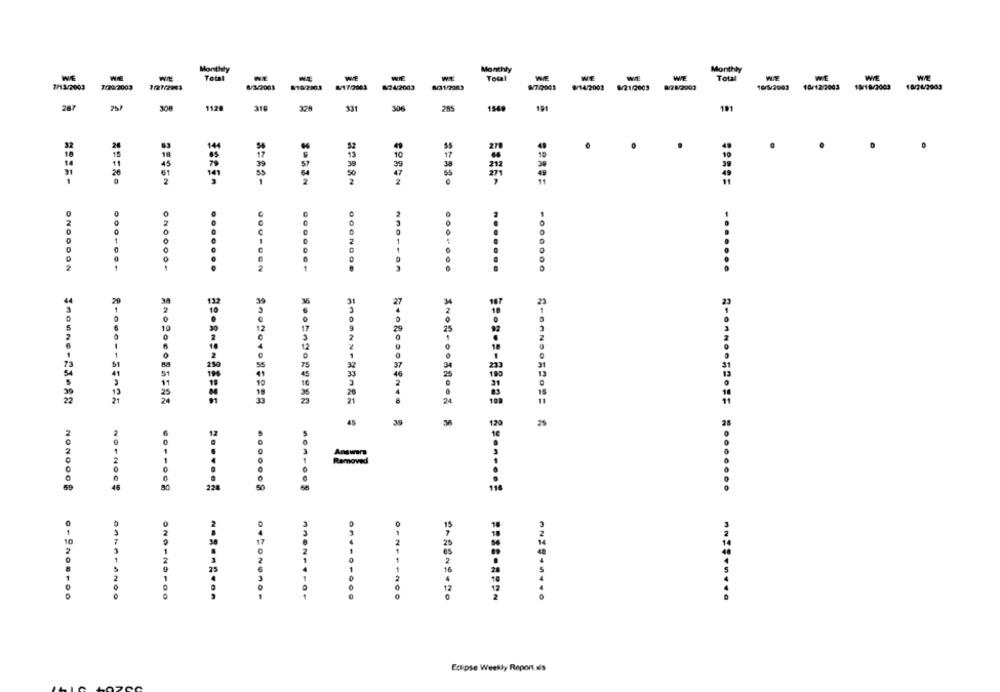
Monthly
Monthly
Monthly
WIE
WE
WIE
Total
Total
WIE
WE
Total
WIE
7/13/2003
7/29/2003
1/21/2003
610/2803
W/17/2003
624/2003
8/31/2263
₩/7/2001
#/14/2001
9/21/2009
78/2001
10/5/2003
10/12/2003
10/1 8/2003
10/24/2003
287
1120
319
329
131
306
285
154
191
191
2
144
.
10
10
212
0
...
.......
.......
..
.......
24
45
30
120
6
12
1
Removed
.
46
80
228
50
114
10
NOO
.........
ANIS+++++
Eclipse Weekly Report.as